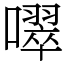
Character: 噿